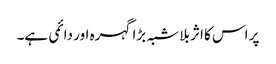
پر اس کا اثر بلا شبہ بڑا گہرہ اور دائمی ہے۔